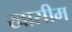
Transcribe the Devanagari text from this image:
खासीम